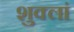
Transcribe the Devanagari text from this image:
शुक्लां